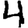
Digit: 4